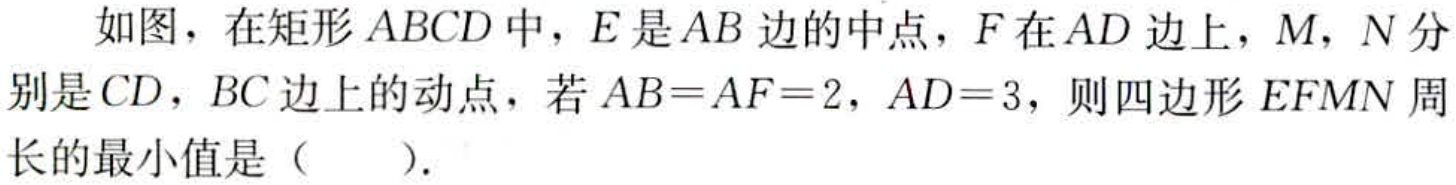
如图，在矩形\(ABCD\)中，\(E\)是\(AB\)边的中点，\(F\)在\(AD\)边上，\(M\)，\(N\)分别是\(CD\)，\(BC\)边上的动点，若\(AB = AF = 2\)，\(AD = 3\)，则四边形\(EFMN\)周长的最小值是（  ）.